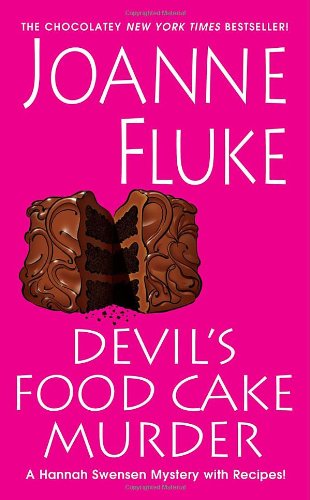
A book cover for Devil's Food Cake Murder (A Hannah Swensen Mystery); Joanne Fluke; Mystery, Thriller & Suspense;